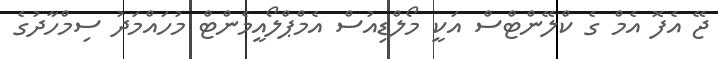
ޖޭ އެފޮ އެމް ގެ ކްލޭންޓްސް އަކީ މޯލްޑިއުސް އެމްޕްލޯއީމެންޓް މުހައްމަދު ސިމްހާދުގެ